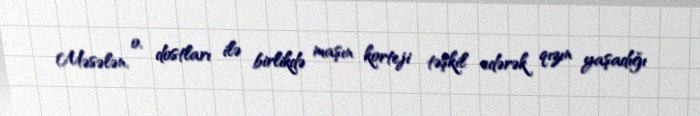
Məsələn, o, dostları ilə birlikdə maşın korteji təşkil edərək qızın yaşadığı